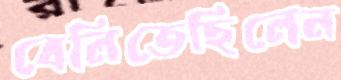
বেলিতেছিলেন